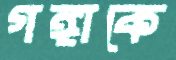
গঙ্গাকে